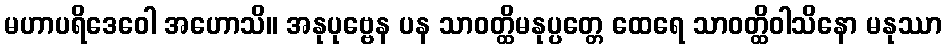
မဟာပရိဒေဝေါ အဟောသိ။ အနုပုဗ္ဗေန ပန သာဝတ္ထိမနုပ္ပတ္တေ ထေရေ သာဝတ္ထိဝါသိနော မနုဿာ